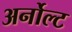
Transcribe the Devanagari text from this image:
अर्नोल्ट